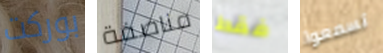
بوركت مناصفة فقط تسمعوا